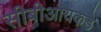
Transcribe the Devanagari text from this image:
सीबीआयकडे